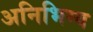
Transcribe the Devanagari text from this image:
अनिभिग्य